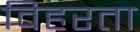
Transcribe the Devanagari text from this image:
विहरता